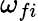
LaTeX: \omega_{fi}